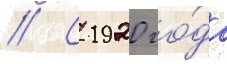
// С 1920 го́да